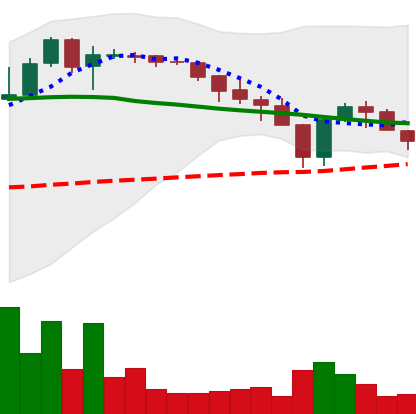
Ticker: XLM-USD
Chart end date: 2018-05-16
Forward return: -4.949%
Label: down_3_5